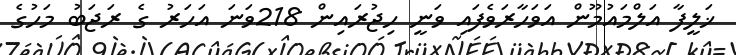
ޚަލީފާ އަލްމައުމޫން އަވަހާރަވެފައި ވަނީ ހިޖުރައިން 218ވަނަ އަހަރު ގެ ރަޖަބު މަހުގެ